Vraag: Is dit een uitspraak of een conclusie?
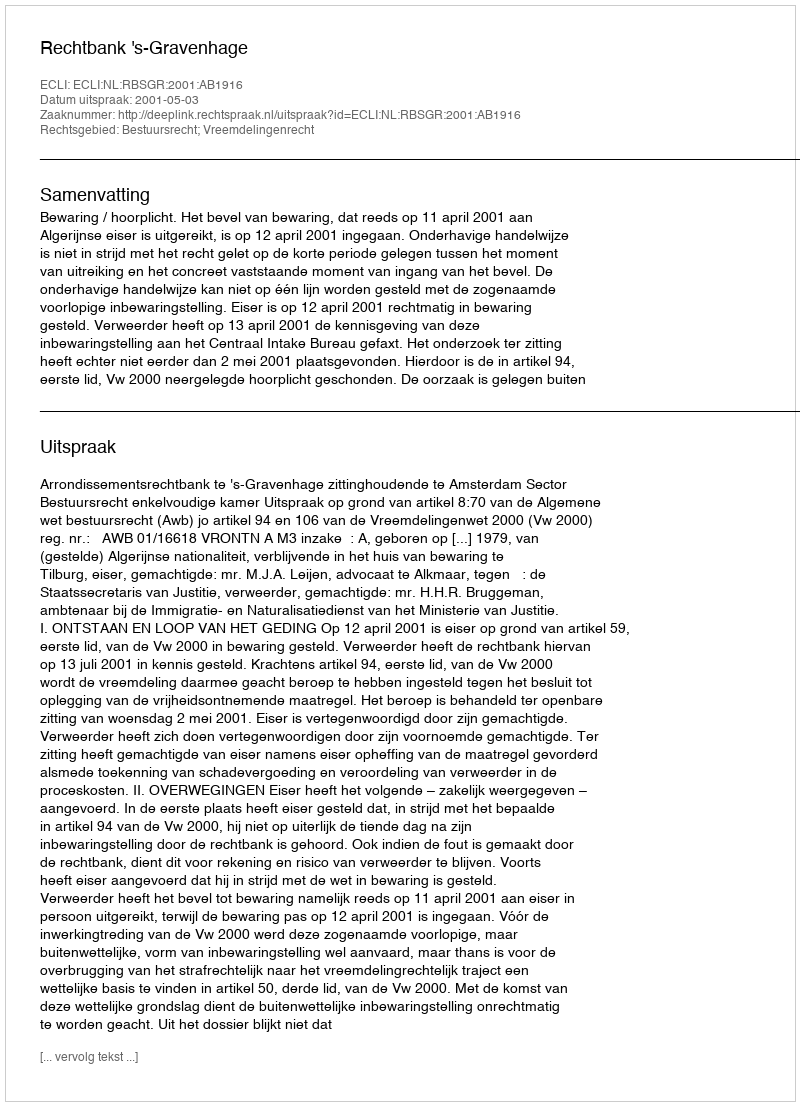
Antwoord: Uitspraak